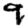
Digit: 9